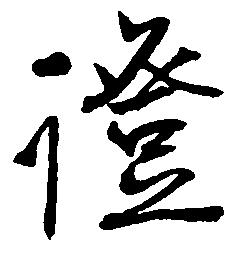
証